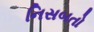
નિસબતો